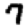
Digit: 7